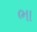
ભા